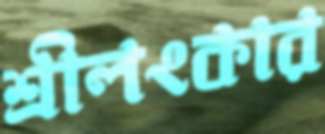
শ্রীলংকার